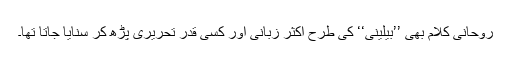
روحانی کلام بھی ’’بیلینی‘‘ کی طرح اکثر زبانی اور کسی قدر تحریری پڑھ کر سنایا جاتا تھا۔